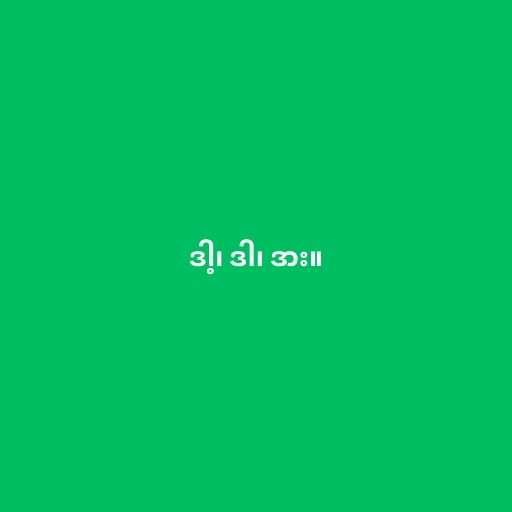
ဒါ့၊ ဒါ၊ ဒား။